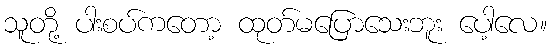
သူတို့ ပါးစပ်ကတော့ ထုတ်မပြောသေးဘူး ပေါ့လေ။